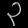
Digit: ၃